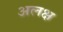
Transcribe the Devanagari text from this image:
अलक्ष